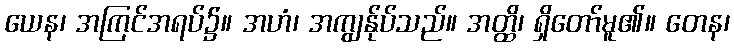
ယေန၊ အကြင်အရပ်၌။ အဟံ၊ အကျွန်ုပ်သည်။ အတ္ထိ၊ ရှိတော်မူ၏။ တေန၊